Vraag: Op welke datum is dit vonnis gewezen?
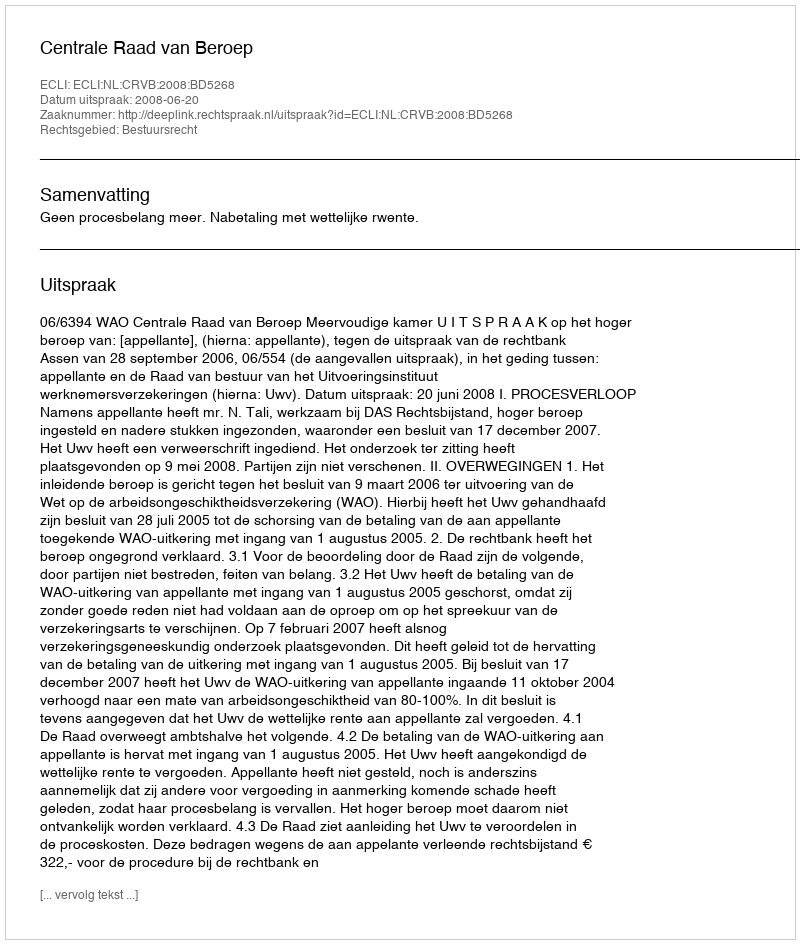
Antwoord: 2008-06-20